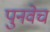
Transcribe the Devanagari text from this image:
पुनवेच